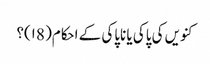
کنویں کی پاکی یا ناپاکی کے احکام( ۱8)؟